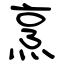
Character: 烹